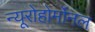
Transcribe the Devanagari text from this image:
न्यूरोहोर्मोनल